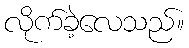
လိုက်ခဲ့လေသည်။